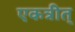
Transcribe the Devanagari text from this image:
एकत्रीत्